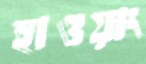
হাওয়াং